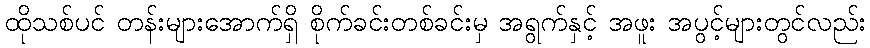
ထိုသစ်ပင် တန်းများအောက်ရှိ စိုက်ခင်းတစ်ခင်းမှ အရွက်နှင့် အဖူး အပွင့်များတွင်လည်း